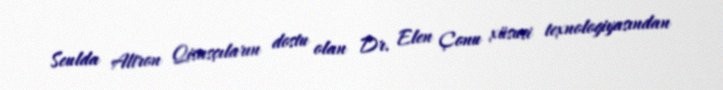
Seulda Altron Qisasçıların dostu olan Dr. Elen Çonu xüsusi texnologiyasından